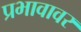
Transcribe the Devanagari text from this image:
प्रभावावर